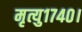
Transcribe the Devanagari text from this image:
मृत्यु१७४०।